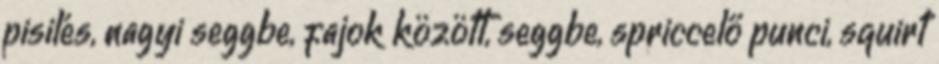
pisilés, nagyi seggbe, fajok között, seggbe, spriccelő punci, squirt